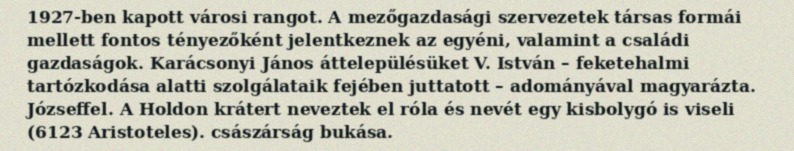
1927-ben kapott városi rangot. A mezőgazdasági szervezetek társas formái mellett fontos tényezőként jelentkeznek az egyéni, valamint a családi gazdaságok. Karácsonyi János áttelepülésüket V. István – feketehalmi tartózkodása alatti szolgálataik fejében juttatott – adományával magyarázta. Józseffel. A Holdon krátert neveztek el róla és nevét egy kisbolygó is viseli (6123 Aristoteles). császárság bukása.